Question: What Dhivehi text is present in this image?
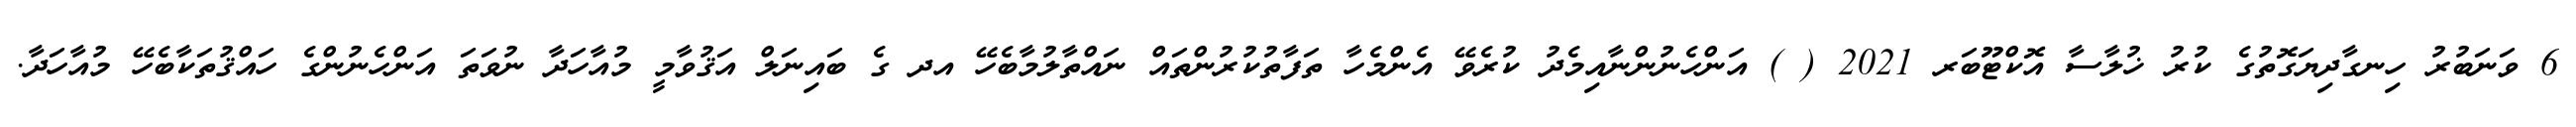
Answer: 6 ވަނަބުރު ހިނގާދިޔަގޮތުގެ ކުރު ޚުލާސާ އޮކްޓޫބަރ 2021 ( ) އަންހެނުންނާއިމެދު ކުރެވޭ އެންމެހާ ތަފާތުކުރުންތައް ނައްތާލުމާބެހޭ އދ ގެ ބައިނަލް އަޤުވާމީ މުއާހަދާ ނުވަތަ އަންހެނުންގެ ހައްޤުތަކާބެހޭ މުއާހަދާ.